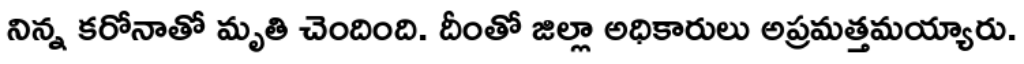
నిన్న కరోనాతో మృతి చెందింది. దీంతో జిల్లా అధికారులు అప్రమత్తమయ్యారు.